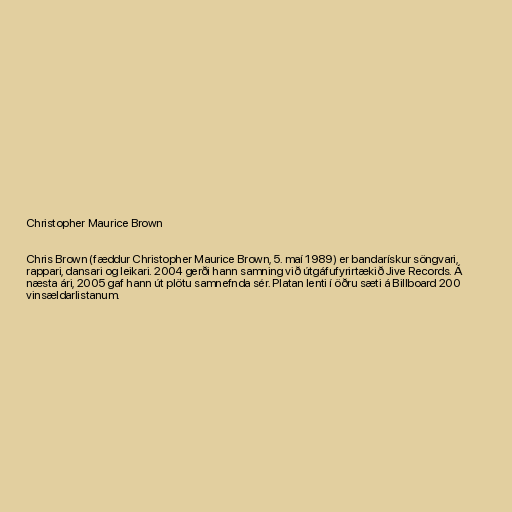
Christopher Maurice Brown

Chris Brown (fæddur Christopher Maurice Brown, 5. maí 1989) er bandarískur söngvari,
rappari, dansari og leikari. 2004 gerði hann samning við útgáfufyrirtækið Jive Records. Á
næsta ári, 2005 gaf hann út plötu samnefnda sér. Platan lenti í öðru sæti á Billboard 200
vinsældarlistanum.